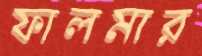
ফালমার